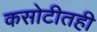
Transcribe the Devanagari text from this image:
कसोटीतही